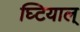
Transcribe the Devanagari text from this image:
घ्टियाल्